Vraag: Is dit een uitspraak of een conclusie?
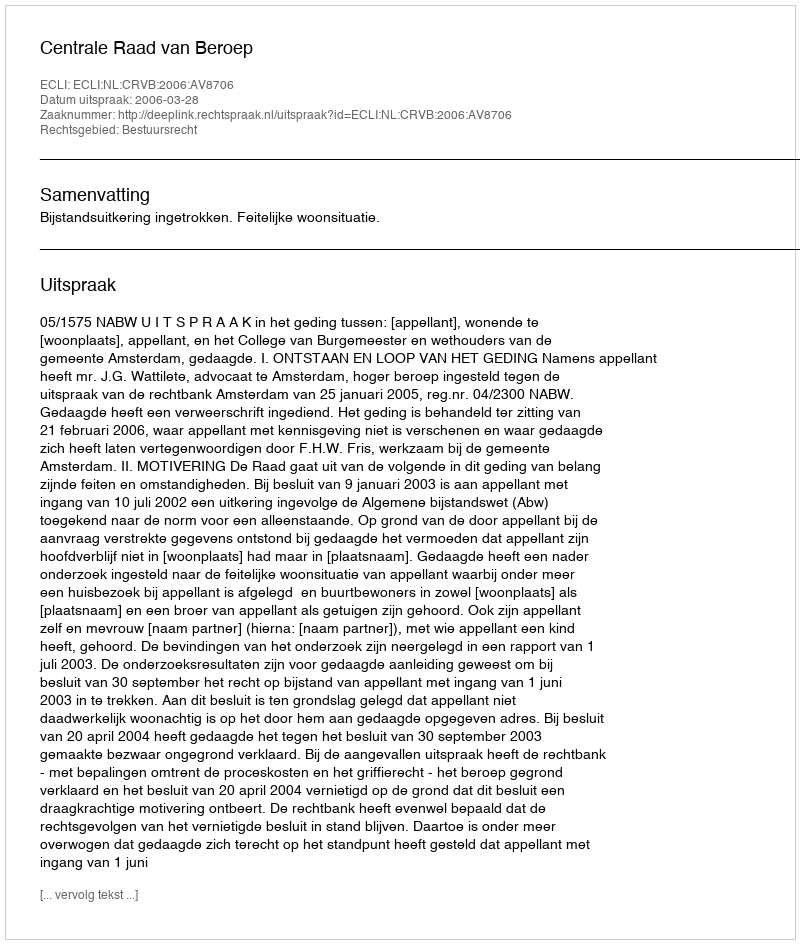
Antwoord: Uitspraak